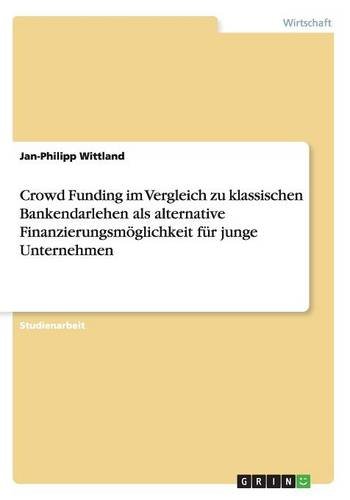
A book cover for Crowd Funding im Vergleich zu klassischen Bankendarlehen als alternative FinanzierungsmÃ¶glichkeit fÃ¼r junge Unternehmen (German Edition); Jan-Philipp Wittland; Business & Money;